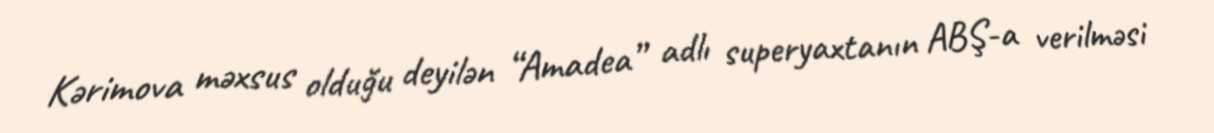
Kərimova məxsus olduğu deyilən “Amadea” adlı superyaxtanın ABŞ-a verilməsi